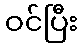
ဝင်ပြီး